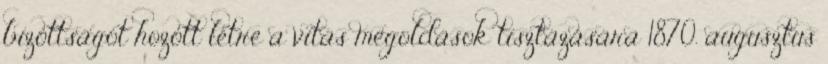
bizottságot hozott létre a vitás megoldások tisztázására 1870. augusztus